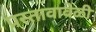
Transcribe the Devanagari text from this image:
प्रस्तावावेळी